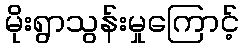
မိုးရွာသွန်းမှုကြောင့်